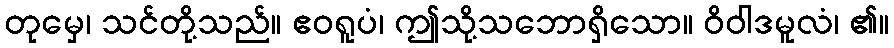
တုမှေ၊ သင်တို့သည်။ ဧဝရူပံ၊ ဤသို့သဘောရှိသော။ ဝိဝါဒမူလံ၊ ၏။